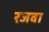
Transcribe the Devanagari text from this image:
रजवा